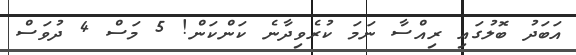
އަބަދު ބޮލުގައި ރިއްސާ ނަމަ ކުރެވިދާނެ ކަންކަން! 5 މަސް 4 ދުވަސް